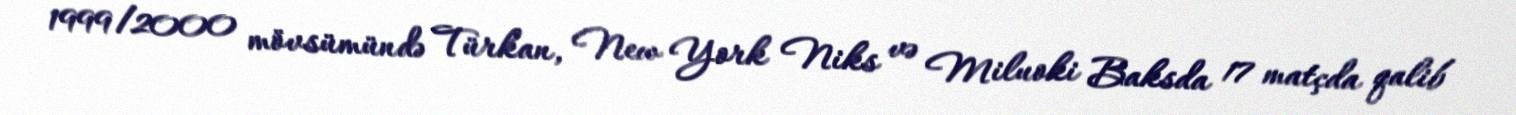
1999/2000 mövsümündə Türkan, New York Niks və Miluoki Baksda 17 matçda qalib